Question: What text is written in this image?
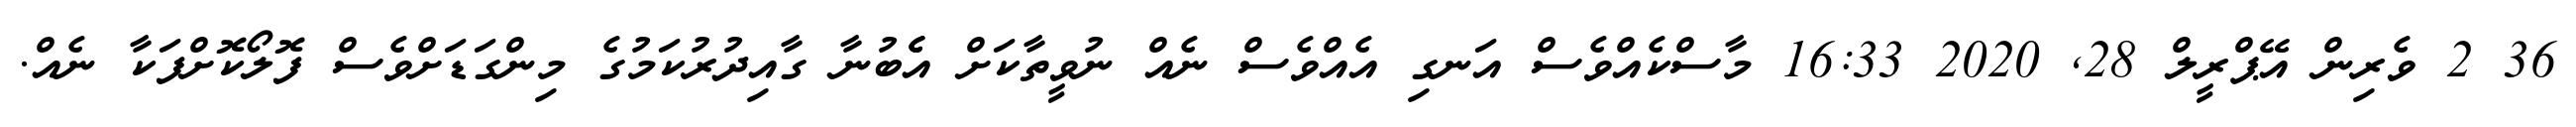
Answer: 36 2 ވެރިން އޭޕްރީލް 28, 2020 16:33 މާސްކެއްވެސް އަނގި އެއްވެސް ނެއް ނުވީތާކަށް އެެބުނާ ގާއިދުރުކަމުގެ މިންގަޑަށްވެސް ފޮލޯކޮށްފަކާ ނެއް.